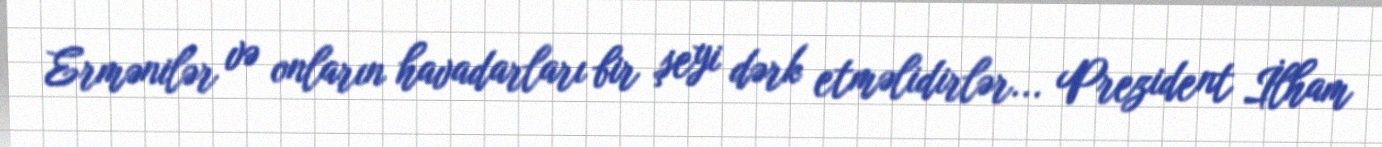
Ermənilər və onların havadarları bir şeyi dərk etməlidirlər... Prezident İlham